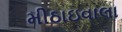
મીઠાઇવાલા